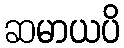
ဆမာယပိ